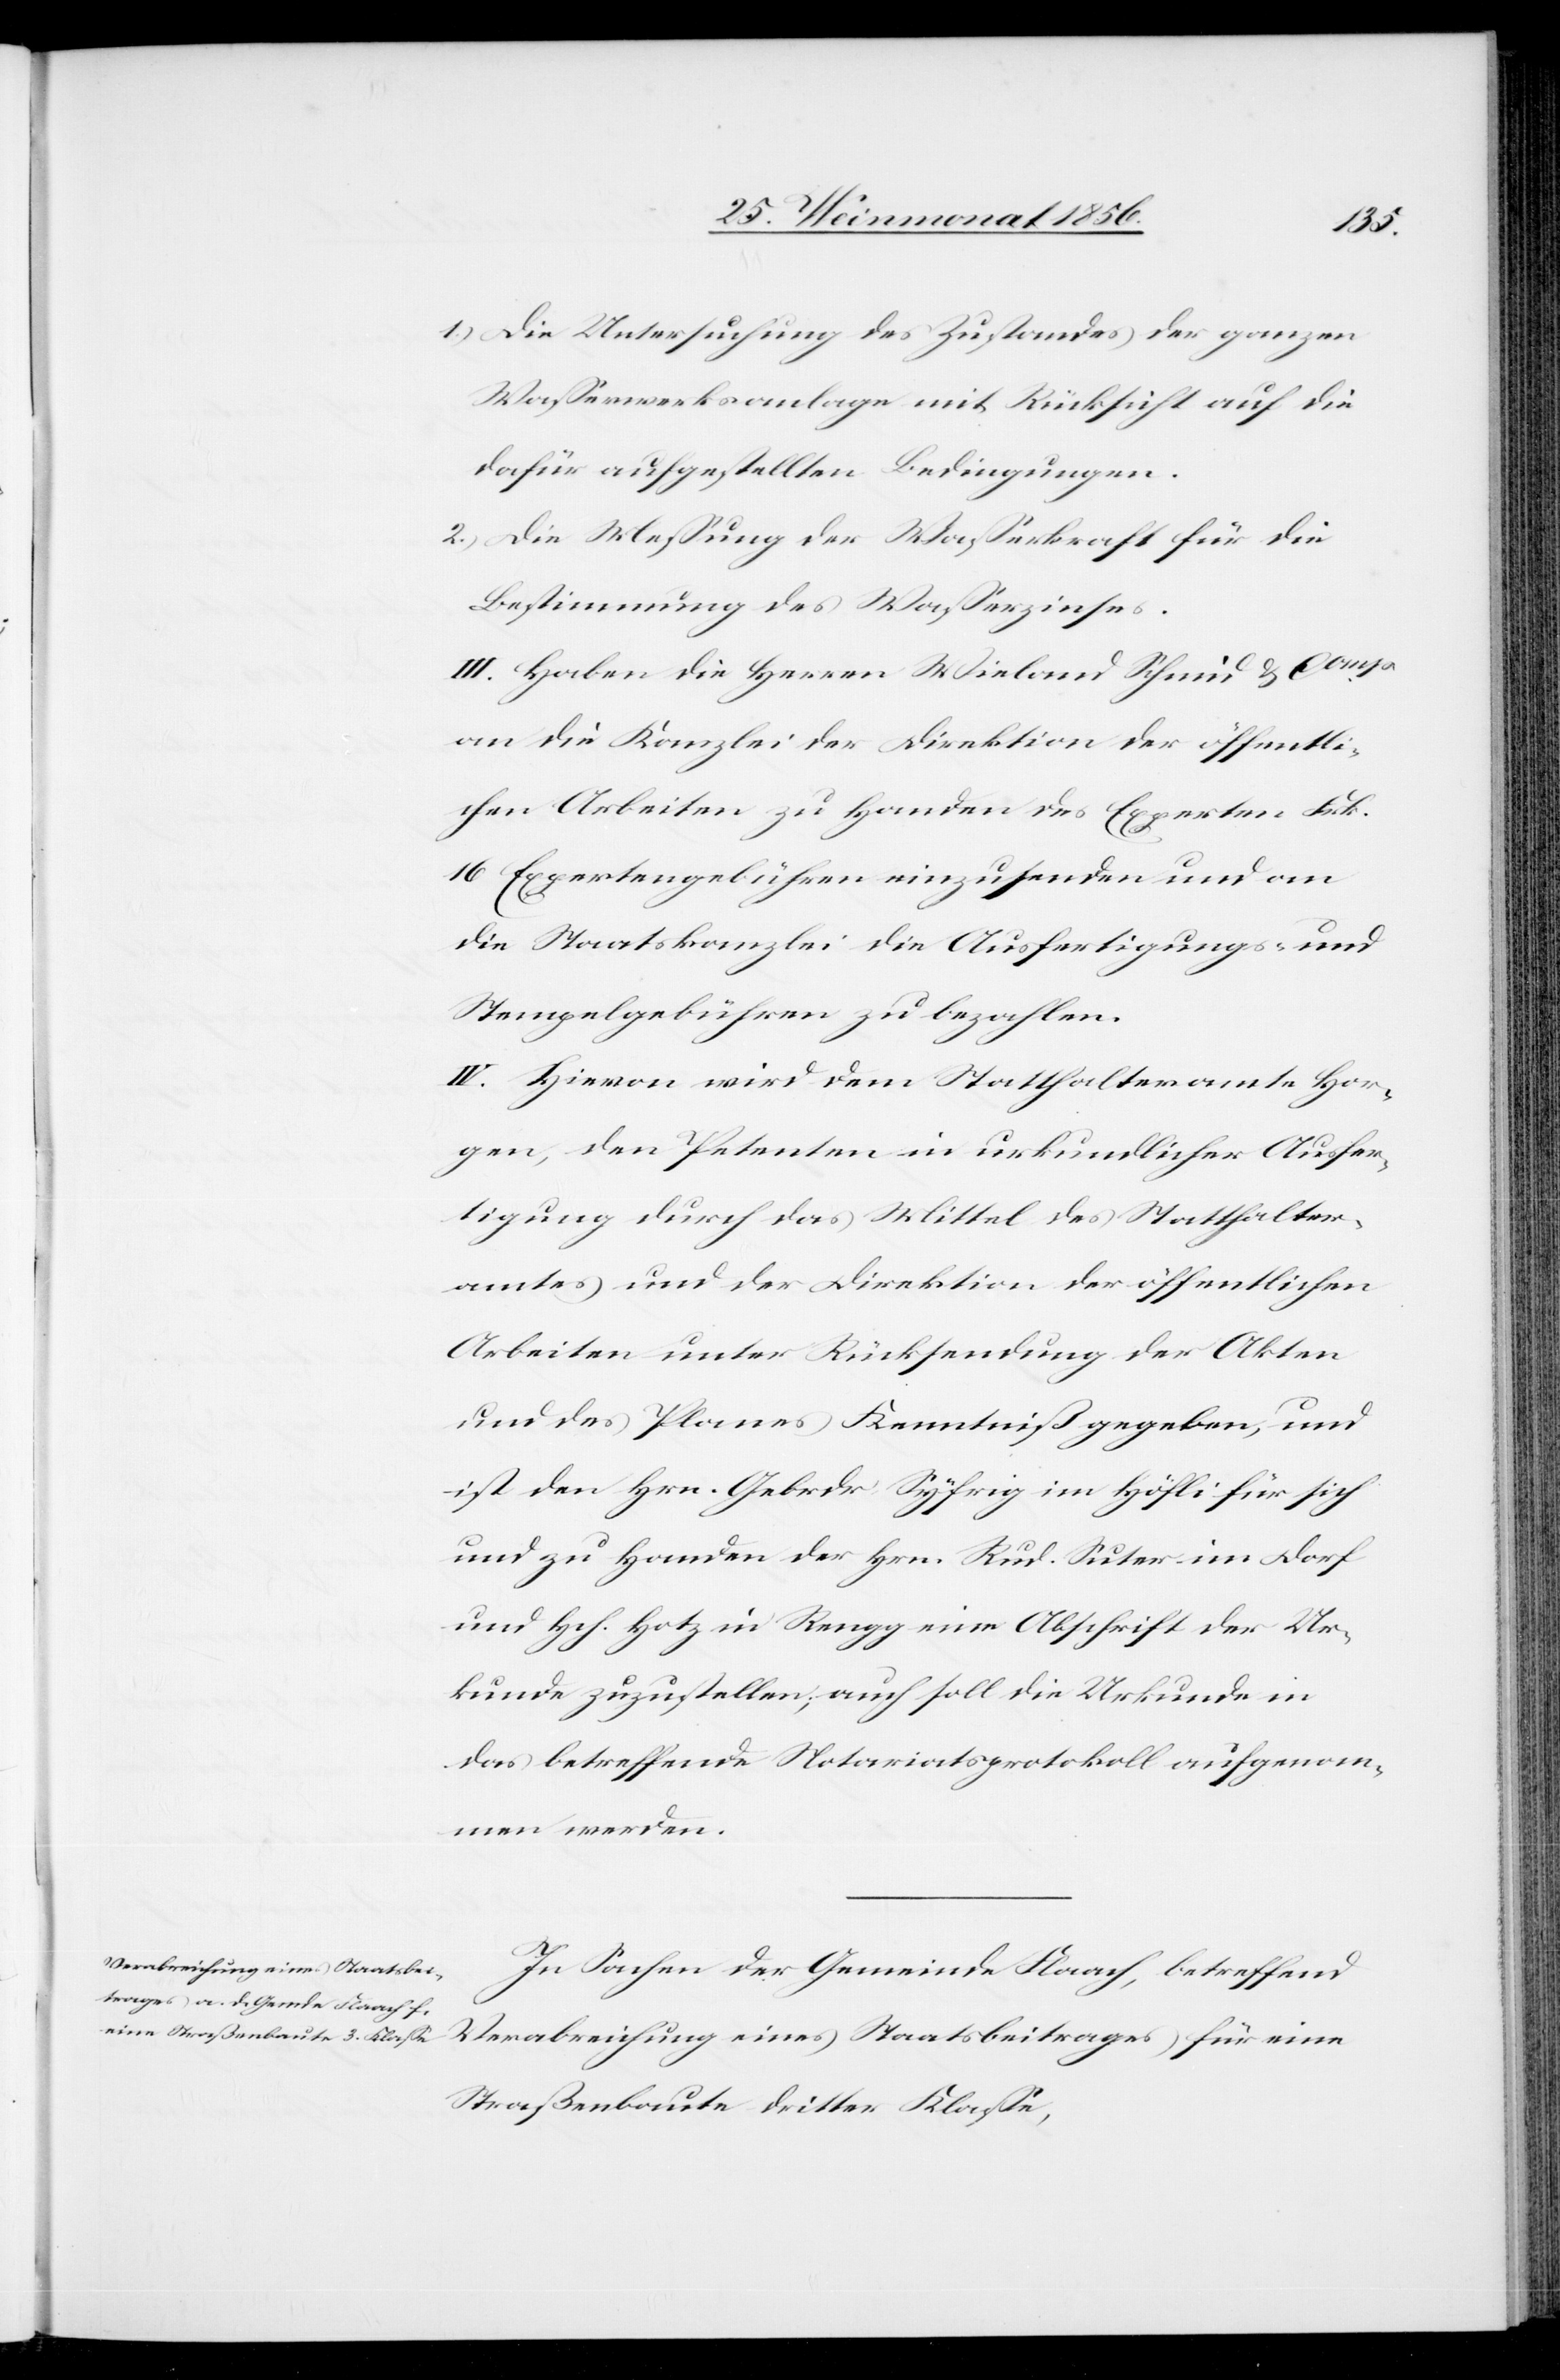
1.) Die Untersuchung des Zustandes der ganzen
Wasserwerksanlage mit Rücksicht auf die
dafür aufgestellten Bedingungen.
2.) Die Messung der Wasserkraft für die
Bestimmung des Wasserzinses.
III. Haben die Herren Wieland Schmid & Comp
an die Kanzlei der Direktion der öffentli¬
chen Arbeiten zu Handen des Experten Frk.
16 Expertengebühren einzusenden und an
die Staatskanzlei die Ausfertigungs- und
Stempelgebühren zu bezahlen.
IV. Hievon wird dem Statthalteramte Hor¬
gen, den Petenten in urkundlicher Ausfer¬
tigung durch das Mittel des Statthalter¬
amtes und der Direktion der öffentlichen
Arbeiten unter Rücksendung der Akten
und des Planes Kenntniß gegeben, und
ist den Hrn. Gebrdr Syfrig im Höfli für sich
und zu Handen der Hrn. Rud. Suter im Dorf
und Hch. Hotz in Reugg eine Abschrift der Ur¬
kunde zuzustellen; auch soll die Urkunde in
das betreffende Notariatsprotokoll aufgenom¬
men werden.
In Sachen der Gemeinde Flaach, betreffend
Verabreichung eines Staatsbeitrages für eine
Straßenbaute dritter Klasse,